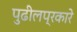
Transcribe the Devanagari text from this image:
पुढीलप्रकारे